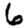
Digit: 6